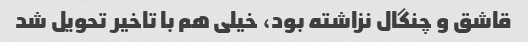
قاشق و چنگال نزاشته بود، خیلی هم با تاخیر تحویل شد